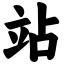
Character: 站